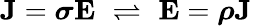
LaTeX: \mathbf{J}={\boldsymbol{\sigma}}\mathbf{E}\, \, \rightleftharpoons\, \, \mathbf{E}={\boldsymbol{\rho}}\mathbf{J}\,